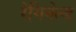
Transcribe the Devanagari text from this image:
रेगिनेल्‍ड